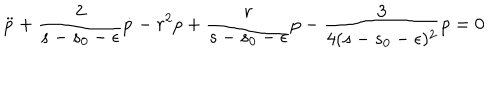
LaTeX: \ddot { p } + \frac { 2 } { s - s _ { 0 } - \epsilon } \dot { p } - r ^ { 2 } p + \frac { r } { s - s _ { 0 } - \epsilon } p - \frac { 3 } { 4 ( s - s _ { 0 } - \epsilon ) ^ { 2 } } p = 0